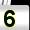
Digit: 5